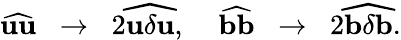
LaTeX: \widehat{{\mathbf{u}}{\mathbf{u}}}\; \; \rightarrow\; \; 2\widehat{{\mathbf{u}}\delta{\mathbf{u}}},\; \; \; \; \widehat{{\mathbf{b}}{\mathbf{b}}}\; \; \rightarrow\; \; 2\widehat{{\mathbf{b}}\delta{\mathbf{b}}}.